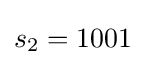
s_{2}=1001